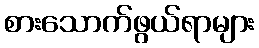
စားသောက်ဖွယ်ရာများ